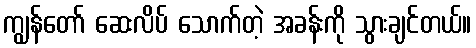
ကျွန်တော် ဆေးလိပ် သောက်တဲ့ အခန်းကို သွားချင်တယ်။